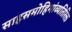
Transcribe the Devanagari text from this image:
साहसमोहिमांव्यतिरिक्त